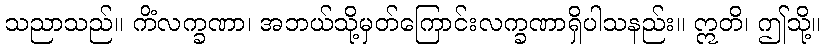
သညာသည်။ ကိံလက္ခဏာ၊ အဘယ်သို့မှတ်ကြောင်းလက္ခဏာရှိပါသနည်း။ ဣတိ၊ ဤသို့။